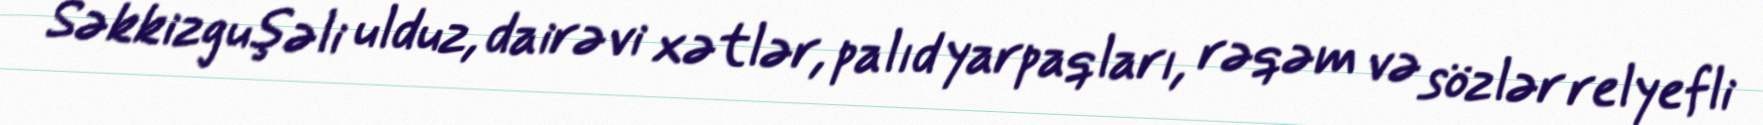
Səkkizguşəli ulduz, dairəvi xətlər, palıd yarpaqları, rəqəm və sözlər relyefli